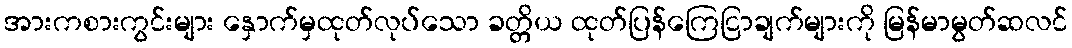
အားကစားကွင်းများ နှောက်မှထုတ်လုပ်သော ခတ္တိယ ထုတ်ပြန်ကြေငြာချက်များကို မြန်မာမွတ်ဆလင်